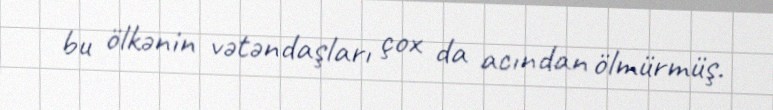
bu ölkənin vətəndaşları çox da acından ölmürmüş.